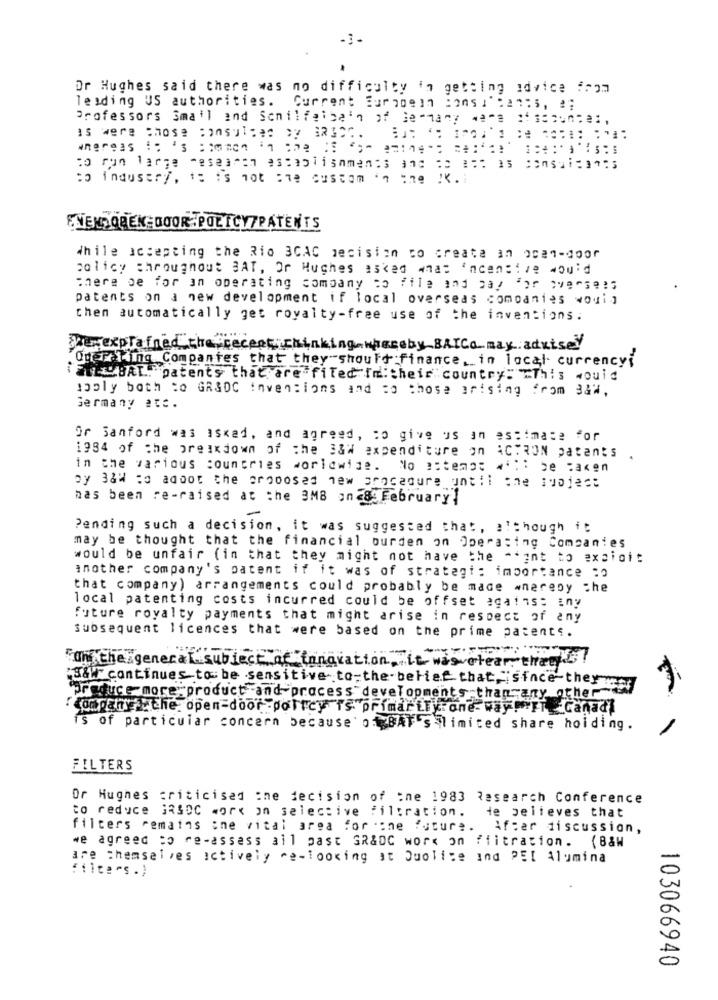
Or Hughes said there was no difficulty in getting advice from
leading US authorities.
Current Eur20817 :ons 1 :21;s, e;
Professors Smail and Sonilfeibe'n of je-many 4am :sauce,
to run large research escaalismments and co wat is consultants
:o industry, it is not : custom ' :ne !. i
ENENDOREN DOOR POLICY/PATENTS
While accepting the Rio 3CAC necision to create 3n 201-door
policy throughout BAT, Or Hughes asked at incentive mou'
there be for an operating company to file and pay for )va-se:
patents on a new development if local overseas companies wouij
then automatically get royalty-free use of the inventions.
perexplained the recept chinking,whereby BAICa may adviseY
Oder filig Companies that they should finance, in local currencyi
BAL. patenty that are filed fm. their country: "This would
apply both :o GR&DC inventions and to those arising from 3,
Germany etc.
Or Sanford was asked, and agreed, to give us an estimate for
1984 of the breakdown of the 3&# expenditure on ACTRON patents
in the various countries worldwide. No estemos # *:: be taken
has been re-raised at the 3MB anc8February!
Pending such a decision, it was suggested that, although it
may be thought that the financial burden on Operating Companies
would be unfair (in that they might not have the ** ant to excigit
inother company's patent if it was of strategi: importance :
that company) arrangements could probably be made whereby che
local patenting costs incurred could be offset against iny
future royalty payments that might arise in respect of any
subsequent licences that were based on the prime patents.
On the general subject of fangvation. it was clear theet
S&Wl" continues to be sensitive to-the- belief that,"since they
produce more product and process"developments thanany other
companye che. open-door .policy is primarily: one-way! "IT Canad]
is of particular concern because of BAF's limited share holding.
FILTERS
Or Hughes criticised the decision of :ne 1983 Research Conference
He believes that
to reduce GRSDC work on selective filtration.
filters remains ;ne vital area for cone future.
After discussion,
we agreed to re-assess all past GR&DC work on fiitration. (B&W
are themselves ictively re-looking at Juolite ind PEI Alumina
Filters.)
103066940